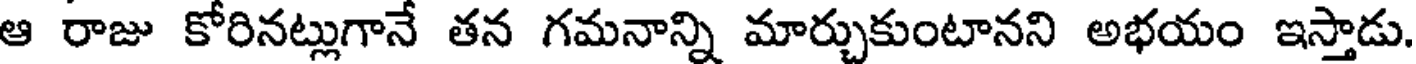
ఆ రాజు కోరినట్లుగానే తన గమనాన్ని మార్చుకుంటానని అభయం ఇస్తాడు